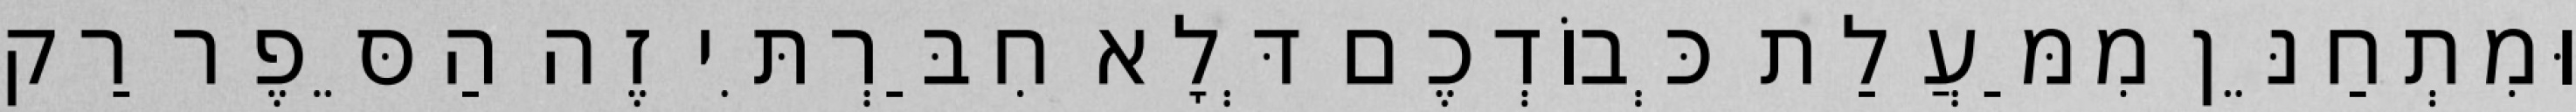
וּמִתְחַנֵּן מִמַּעֲלַת כְּבוֹדְכֶם דְּלָא חִבַּרְתִּי זֶה הַסֵּפֶר רַק